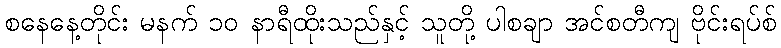
စနေနေ့တိုင်း မနက် ၁၀ နာရီထိုးသည်နှင့် သူတို့ ပါစချာ အင်စတီကျ ဗိုင်းရပ်စ်